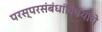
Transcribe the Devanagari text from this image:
परस्परसंबंधांविषयीचे